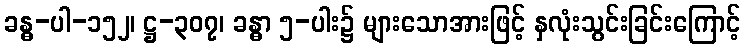
ခန္ဓ-ပါ-၁၅၂၊ ဋ္ဌ-၃၀၇၊ ခန္ဓာ ၅-ပါး၌ များသောအားဖြင့် နှလုံးသွင်းခြင်းကြောင့်